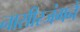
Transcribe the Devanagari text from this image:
नासीरजंगने